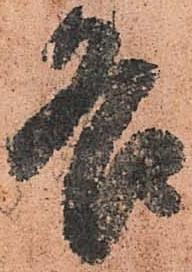
各